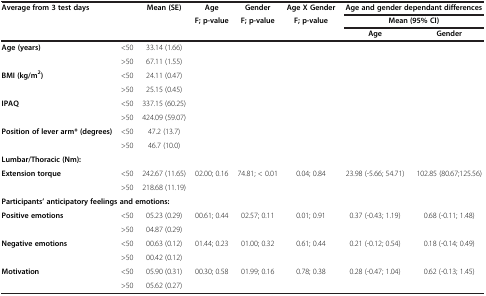
<table><thead><tr><td colspan="2"><b>Average from 3 test days</b></td><td><b>Mean (SE)</b></td><td><b>Age</b></td><td><b>Gender</b></td><td><b>Age X Gender</b></td><td colspan="2"><b>Age and gender dependant differences</b></td></tr><tr><td colspan="2"><b> </b></td><td><b> </b></td><td><b>F; p-value</b></td><td><b>F; p-value</b></td><td><b>F; p-value</b></td><td colspan="2"><b>Mean (95% CI)</b></td></tr><tr><td colspan="2"><b> </b></td><td><b> </b></td><td><b> </b></td><td><b> </b></td><td><b> </b></td><td><b>Age</b></td><td><b>Gender</b></td></tr></thead><tbody><tr><td rowspan="2"><b>Age (years)</b></td><td>&lt;50</td><td>33.14 (1.66)</td><td> </td><td> </td><td> </td><td> </td><td> </td></tr><tr><td>&gt;50</td><td>67.11 (1.55)</td><td> </td><td> </td><td> </td><td> </td><td> </td></tr><tr><td rowspan="2"><b>BMI (kg/m</b><sup><b>2</b></sup><b>)</b></td><td>&lt;50</td><td>24.11 (0.47)</td><td> </td><td> </td><td> </td><td> </td><td> </td></tr><tr><td>&gt;50</td><td>25.15 (0.45)</td><td> </td><td> </td><td> </td><td> </td><td> </td></tr><tr><td rowspan="2"><b>IPAQ</b></td><td>&lt;50</td><td>337.15 (60.25)</td><td> </td><td> </td><td> </td><td> </td><td> </td></tr><tr><td>&gt;50</td><td>424.09 (59.07)</td><td> </td><td> </td><td> </td><td> </td><td> </td></tr><tr><td rowspan="2"><b>Position of lever arm* (degrees)</b></td><td>&lt;50</td><td>47.2 (13.7)</td><td> </td><td> </td><td> </td><td> </td><td> </td></tr><tr><td>&gt;50</td><td>46.7 (10.0)</td><td> </td><td> </td><td> </td><td> </td><td> </td></tr><tr><td colspan="2"><b>Lumbar/Thoracic (Nm):</b></td><td> </td><td> </td><td> </td><td> </td><td> </td><td> </td></tr><tr><td rowspan="2"><b>Extension torque</b></td><td>&lt;50</td><td>242.67 (11.65)</td><td rowspan="2">02.00; 0.16</td><td rowspan="2">74.81; &lt; 0.01</td><td rowspan="2">0.04; 0.84</td><td rowspan="2">23.98 (-5.66; 54.71)</td><td rowspan="2">102.85 (80.67;125.56)</td></tr><tr><td>&gt;50</td><td>218.68 (11.19)</td></tr><tr><td colspan="3"><b>Participants’ anticipatory feelings and emotions:</b></td><td> </td><td> </td><td> </td><td> </td><td> </td></tr><tr><td rowspan="2"><b>Positive emotions</b></td><td>&lt;50</td><td>05.23 (0.29)</td><td rowspan="2">00.61; 0.44</td><td rowspan="2">02.57; 0.11</td><td rowspan="2">0.01; 0.91</td><td rowspan="2">0.37 (-0.43; 1.19)</td><td rowspan="2">0.68 (-0.11; 1.48)</td></tr><tr><td>&gt;50</td><td>04.87 (0.29)</td></tr><tr><td rowspan="2"><b>Negative emotions</b></td><td>&lt;50</td><td>00.63 (0.12)</td><td rowspan="2">01.44; 0.23</td><td rowspan="2">01.00; 0.32</td><td rowspan="2">0.61; 0.44</td><td rowspan="2">0.21 (-0.12; 0.54)</td><td rowspan="2">0.18 (-0.14; 0.49)</td></tr><tr><td>&gt;50</td><td>00.42 (0.12)</td></tr><tr><td><b>Motivation</b></td><td>&lt;50</td><td>05.90 (0.31)</td><td>00.30; 0.58</td><td>01.99; 0.16</td><td>0.78; 0.38</td><td>0.28 (-0.47; 1.04)</td><td>0.62 (-0.13; 1.45)</td></tr><tr><td> </td><td>&gt;50</td><td>05.62 (0.27)</td><td> </td><td> </td><td> </td><td> </td><td> </td></tr></tbody></table>